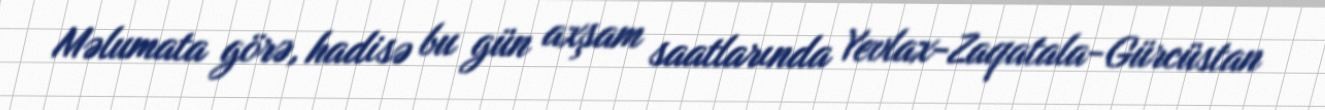
Məlumata görə, hadisə bu gün axşam saatlarında Yevlax-Zaqatala-Gürcüstan